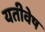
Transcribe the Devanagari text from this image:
यतीवेष